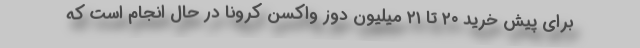
برای پیش خرید ۲۰ تا ۲۱ میلیون دوز واکسن کرونا در حال انجام است که